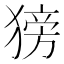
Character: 𬌿